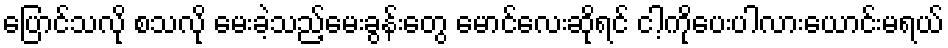
ပြောင်သလို စသလို မေးခဲ့သည့်မေးခွန်းတွေ မောင်လေးဆိုရင် ငါ့ကိုပေးပါလားယောင်းမရယ်